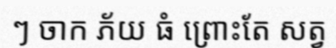
ៗ ចាក ភ័យ ធំ ព្រោះតែ សត្វ